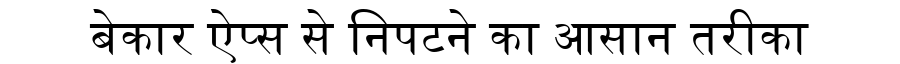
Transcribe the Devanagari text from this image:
बेकार ऐप्स से निपटने का आसान तरीका